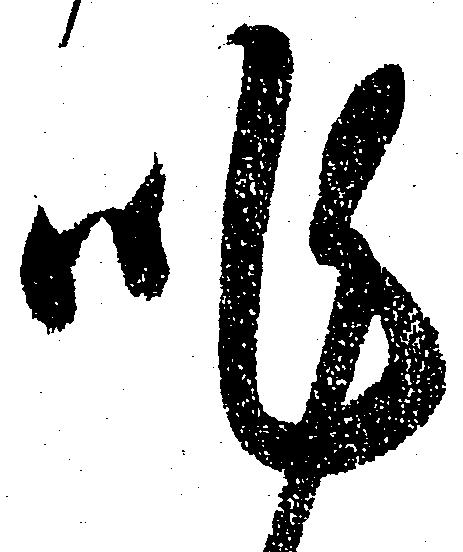
昨